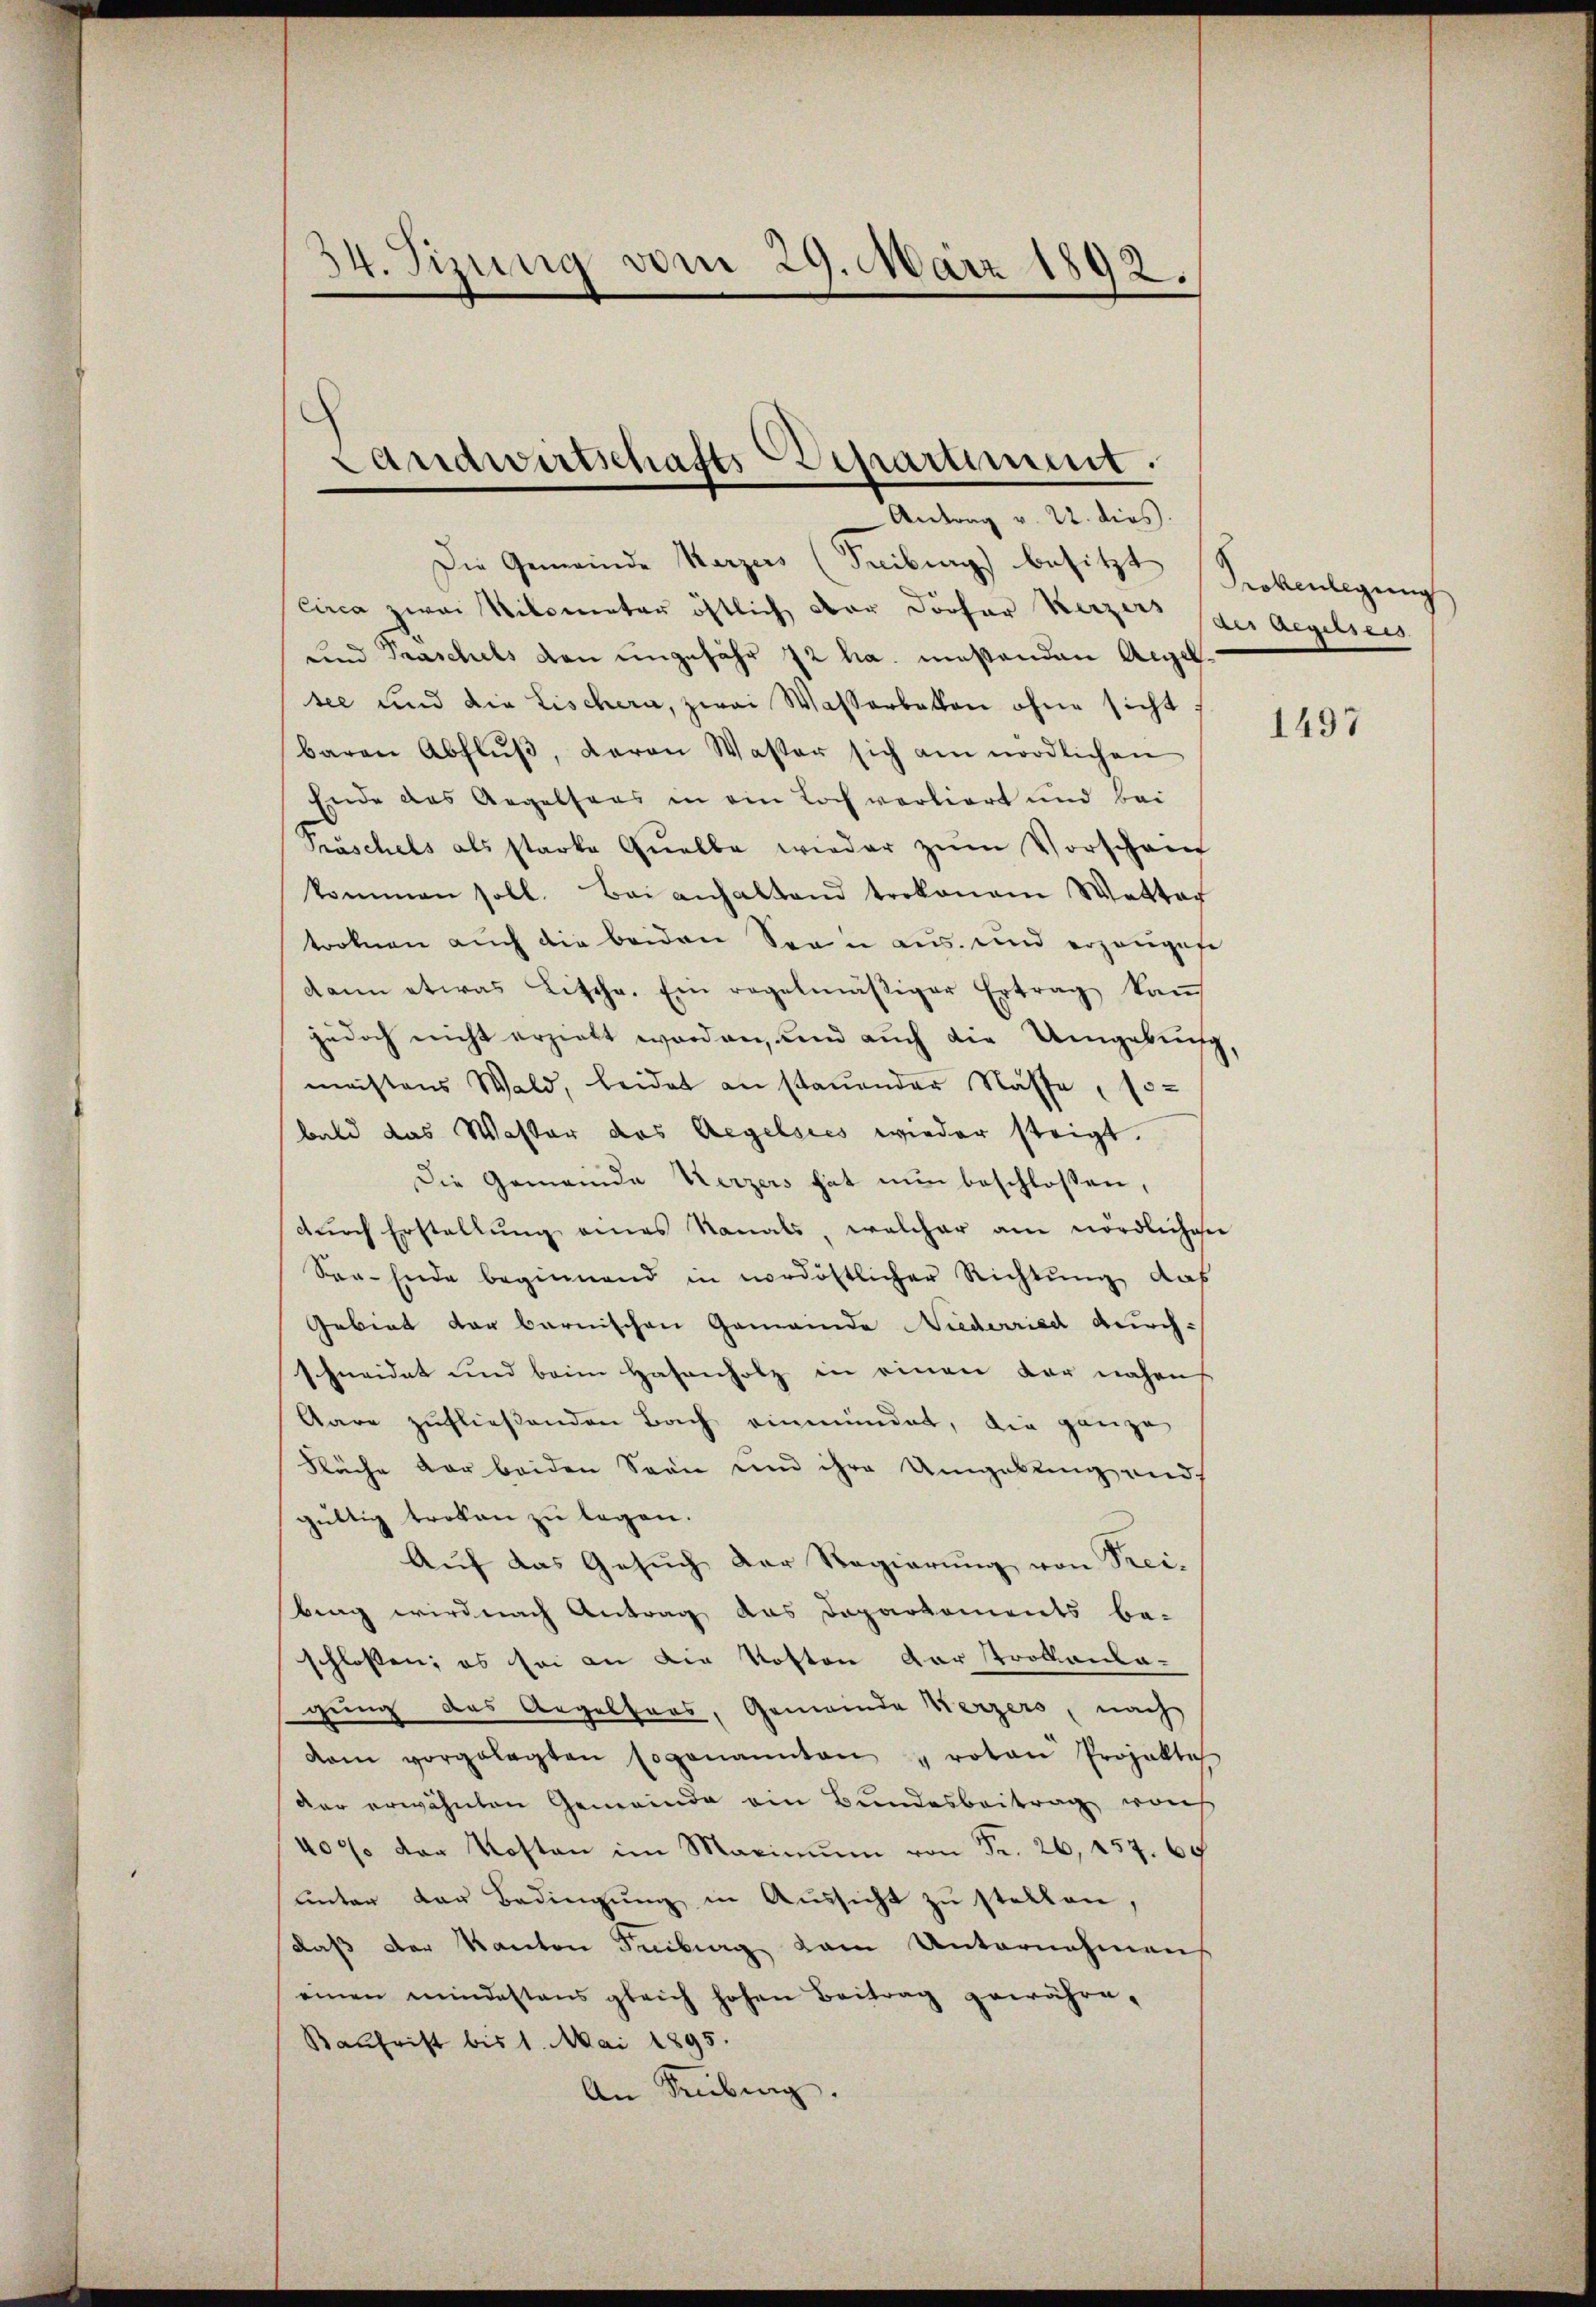
Die Gemeinde Karzers (Seibung besitzt
circa zwai Kilometer östlich der Dörfer Kerzers (des Regelsers
und Traschels den ungefähr 72 ha. müßenden Angel
see und die Lischern, zwei Wasserbatten ohne sicht
baren Abflŭβ, Baron Waster sich am nördlichen
Ende das Angelsaas in ein Loch vorliert und bei
Fräschels als starke Quelle wieder zŭm Vorschein
kommen soll. Bei anhaltend trokonem Wetter
tronen auch die beiden Serie aus und erzeugese
dann etwas Lische. Ein regelmäßiger Ertrag kauf
jedoch nicht erzieht worden, und auch die Umgebniß
meistens Wald, beidet an stauender Nasse, so-
bald das Waster das Regelsies wieder steigt.
Die Gemeinde Kerzers hat nun beschlossen,
dŭrch Erstellŭng eines Kanals, welcher am nördlichen
Son- Ende beginnend in nordöstlicher Richtung das
Gebiet der barnischen Gemeinde Niederried durchschneidet und beim Hasenholz in einen vor nahen
Aare zufließenden Bach einmündet, die ganze
Flüche vor beiden Sonne und ihre Umgebung und
gültig troken zu legen.
Auf das Gesuch der Regierung von Frei-
bing wird nach Antrag das Departements be-
schlossen; es sei an die Kosten der Trottanba-
gung das Argelfers, Gemeinde Kerzers, nach
dam vorgelegten sogenannten " roten Projekte
der erwähnten Gemeinde ein Bundesbeitrag wach
40% der Kosten im Maximŭm von Fr. 26, 257. 60
unter der Bedingung in Aussicht zu stellen,
daß der Kanton Freiburg kam Unternehmen
einen mindestens gleich hohen Beitrag gewähre.
Baufrist bis 1. Mai 1895.
An Tübing.

34. Tizung vom 29. März 1892.

¬
Landwirtschafts Schartiment.
.
Antrag v. 22. dies

Prokenlegung

1497